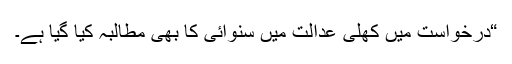
“درخواست میں کھلی عدالت میں سنوائی کا بھی مطالبہ کیا گیا ہے۔